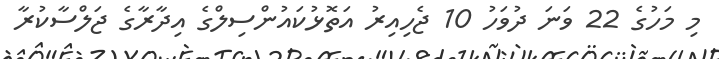
މި މަހުގެ 22 ވަނަ ދުވަހު 10 ޖެހިއިރު އަތޮޅުކައުންސިލްގެ އިދާރާގެ ޖަލްސާކުރާ